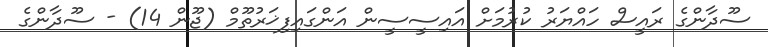
ސޫދާންގެ ރައީސް ހައްޔަރު ކުރުމަށް އައިސީސީން އަންގައިފިޚަރުތޫމް (ޖޫން 14) - ސޫދާންގެ